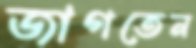
জাগতেন